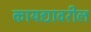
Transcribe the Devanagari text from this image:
कायद्यावरील